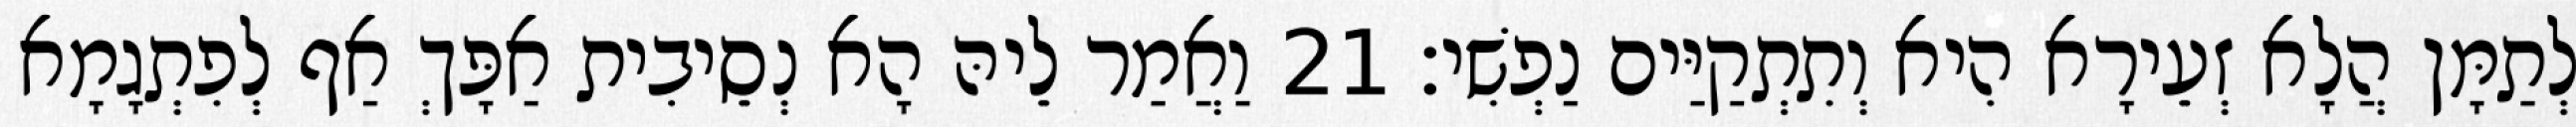
לְתַמָּן הֲלָא זְעֵירָא הִיא וְתִתְקַיַּים נַפְשִׁי׃ 21 וַאֲמַר לֵיהּ הָא נְסֵיבִית אַפָּךְ אַף לְפִתְגָמָא